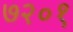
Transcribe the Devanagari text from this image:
७२०१